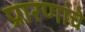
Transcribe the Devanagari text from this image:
प्रारणांचे